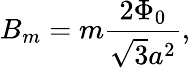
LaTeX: B_{m}=m\frac{2\Phi_{0}}{\sqrt{3}a^{2}},